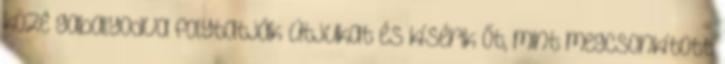
közé gabalyodva folytatják útjukat és kísérik őt, mint megcsonkított